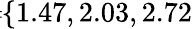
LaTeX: \! \! \! \! \! \! \! \! \! \overline{{\epsilon}}_{r}\! \! =\! \! \{ 1.47,2.03,2.72\} \! \! \!